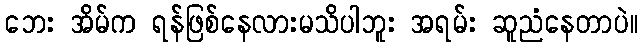
ဘေး အိမ်က ရန်ဖြစ်နေလားမသိပါဘူး အရမ်း ဆူညံနေတာပဲ။